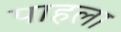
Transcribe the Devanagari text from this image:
पाहला